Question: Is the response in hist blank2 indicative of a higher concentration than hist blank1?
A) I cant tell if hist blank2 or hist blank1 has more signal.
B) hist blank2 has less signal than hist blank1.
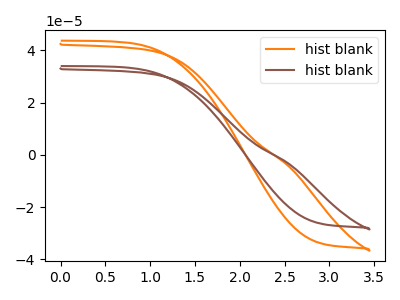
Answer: <think>The orange curve "hist blank1" has no peaks. The brown curve "hist blank2" has no peaks.
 Neither "hist blank2" or "hist blank1" have any peaks.</think>
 <answer>A) I cant tell if "hist blank2" or "hist blank1" has more signal.</answer>
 <eval>A</eval>